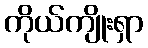
ကိုယ်ကျိုးရှာ